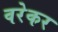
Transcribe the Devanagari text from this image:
वरेकर